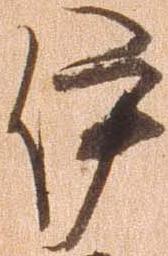
伊